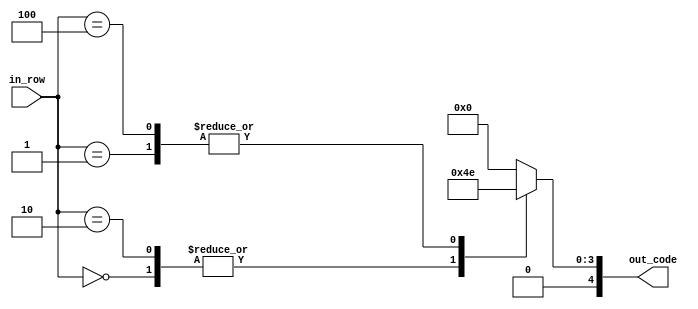
module bsigno(
	 input [2:0] in_row,
    output reg [4:0] out_code
    );

parameter [4:0] d_0 = 5'b00100; //   X
parameter [4:0] d_1 = 5'b01110; //  XXX


always @ *
begin
	case (in_row)
		3'b000:
			out_code = d_0;
		3'b001:
			out_code = d_1;
		3'b010:
			out_code = d_0;
		3'b011:
			out_code = 5'b0;
		3'b100:
			out_code = d_1;
		default:
			out_code = 5'b0;
	endcase
end

endmodule